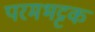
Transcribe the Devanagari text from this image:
परमभट्टक